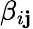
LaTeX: \beta_{i\mathbf{j}}